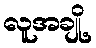
လူအချို့